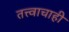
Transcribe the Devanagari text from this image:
तत्त्वाचाही